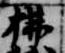
払